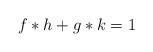
LaTeX: \begin{align*}f*h+g*k=1\end{align*}